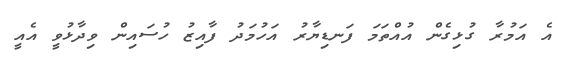
އެ އަމުރާ ގުޅިގެން އުއްތަމަ ފަނޑިޔާރު އަހުމަދު ފާއިޒު ހުސައިން ވިދާޅުވީ އެއީ